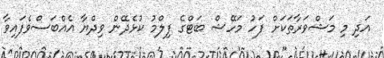
އަދި މި މަޝްވަރާތަކަށް ފަހު މަހޭޝް ބަޓްގެ ފިލްމު ކުޅެދޭން ވިދްޔާ އެއްބަސްވެފައިވާ